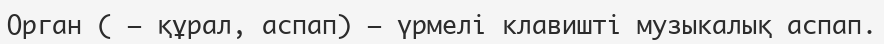
Орган ( – құрал, аспап) – үрмелі клавишті музыкалық аспап.